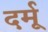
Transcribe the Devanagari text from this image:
दर्मू